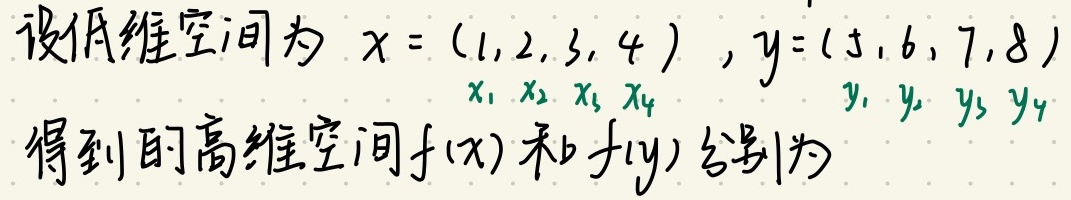
设低维空间为 \(x = (1,2,3,4)\), \(y=(5,6,7,8)\)。\(x_1\)、\(x_2\)、\(x_3\)、\(x_4\) 与 \(y_1\)、\(y_2\)、\(y_3\)、\(y_4\)得到的高维空间\(f(x)\)和\(f(y)\)分别为